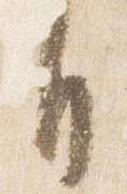
自